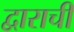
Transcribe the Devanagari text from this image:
द्वाराची